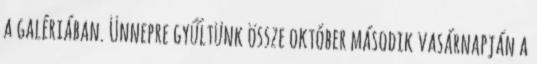
a galériában. Ünnepre gyűltünk össze október második vasárnapján a